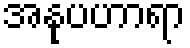
အနုပဟာရာ